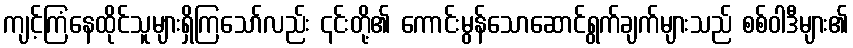
ကျင့်ကြံနေထိုင်သူများရှိကြသော်လည်း ၎င်းတို့၏ ကောင်းမွန်သောဆောင်ရွက်ချက်များသည် စစ်ဝါဒီများ၏